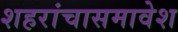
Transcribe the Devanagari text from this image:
शहरांचासमावेश